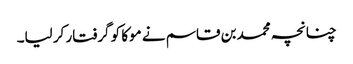
چنانچہ محمد بن قاسم نے موکا کو گرفتار کر لیا۔